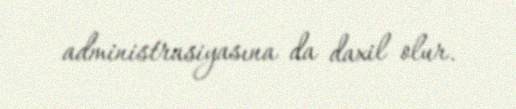
administrasiyasına da daxil olur.